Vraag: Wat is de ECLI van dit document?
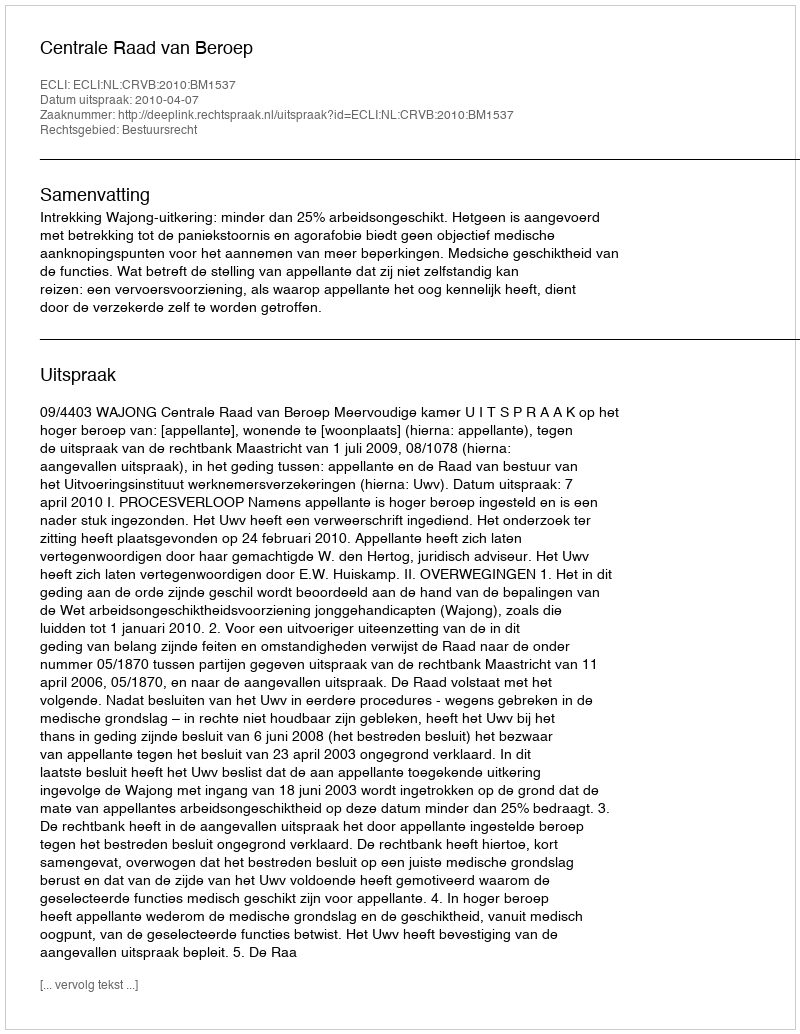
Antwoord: ECLI:NL:CRVB:2010:BM1537